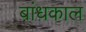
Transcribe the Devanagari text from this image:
बांधकाल